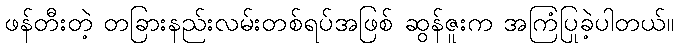
ဖန်တီးတဲ့ တခြားနည်းလမ်းတစ်ရပ်အဖြစ် ဆွန်ဇူးက အကြံပြုခဲ့ပါတယ်။